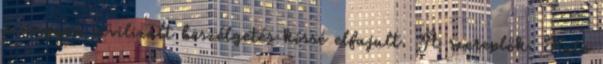
a nagyon civilizált beszélgetés kissé elfajult. A szereplők: Kate